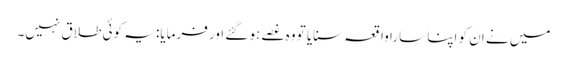
میں نے ان کو اپنا سارا واقعہ سنایا تو وہ غصے ہو گئے اور فرمایا: یہ کوئی طلاق نہیں۔